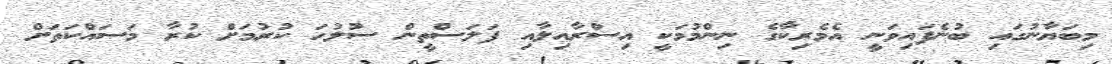
މިބަޔާނުގައި ބުނެފައިވަނީ އެމެރިކާގެ ނިންމުމަކީ އިސްރާއިލާއި ފަލަސްތީން ސުލުހަ ކުރުމަށް ކުރާ މަސައްކަތަށް